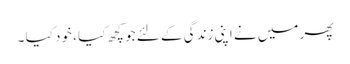
پھر میں نے اپنی زندگی کے لئے جو کچھ کیا ، خود کیا ۔